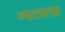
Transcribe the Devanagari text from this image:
गलत।